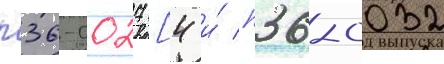
п36-0027 [4 и́ п36-0032